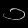
Digit: ၁